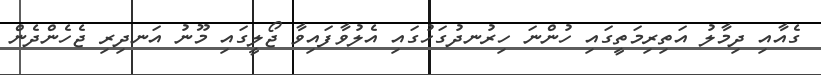
ގެއާއި ދިމާލު އަތިރިމަތީގައި ހުންނަ ހިރުނދުގަހުގައި އެލުވާފައިވާ ޖޯލީގައި މޫނު އަނދިރި ޖެހެންދެން